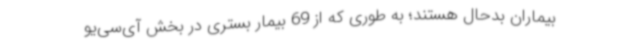
بیماران بدحال هستند؛ به طوری که از 69 بیمار بستری در بخش آی‌سی‌یو